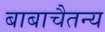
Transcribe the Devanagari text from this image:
बाबाचैतन्य